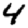
Digit: 4